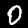
Digit: 0